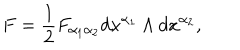
F = \frac { 1 } { 2 } F _ { \alpha _ { 1 } \alpha _ { 2 } } d x ^ { \alpha _ { 1 } } \wedge d x ^ { \alpha _ { 2 } } ,